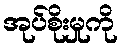
အုပ်စိုးမှုကို